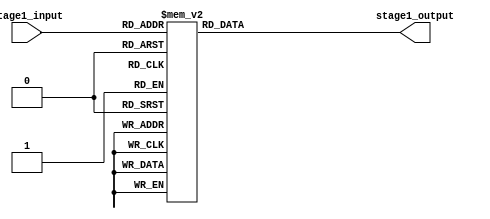
//////////////////////////////////////////////////////////////////////
////                                                              ////
////  SBOX 1                                                      ////
////                                                              ////
////  This file is part of the SystemC DES                        ////
////                                                              ////
////  Description:                                                ////
////  Sbox of DES algorithm                                       ////
////                                                              ////
////  Generated automatically using SystemC to Verilog translator ////
////                                                              ////
////  To Do:                                                      ////
////   - done                                                     ////
////                                                              ////
////  Author(s):                                                  ////
////      - Javier Castillo, jcastilo@opencores.org               ////
////                                                              ////
//////////////////////////////////////////////////////////////////////
////                                                              ////
//// Copyright (C) 2000 Authors and OPENCORES.ORG                 ////
////                                                              ////
//// This source file may be used and distributed without         ////
//// restriction provided that this copyright statement is not    ////
//// removed from the file and that any derivative work contains  ////
//// the original copyright notice and the associated disclaimer. ////
////                                                              ////
//// This source file is free software; you can redistribute it   ////
//// and/or modify it under the terms of the GNU Lesser General   ////
//// Public License as published by the Free Software Foundation; ////
//// either version 2.1 of the License, or (at your option) any   ////
//// later version.                                               ////
////                                                              ////
//// This source is distributed in the hope that it will be       ////
//// useful, but WITHOUT ANY WARRANTY; without even the implied   ////
//// warranty of MERCHANTABILITY or FITNESS FOR A PARTICULAR      ////
//// PURPOSE.  See the GNU Lesser General Public License for more ////
//// details.                                                     ////
////                                                              ////
//// You should have received a copy of the GNU Lesser General    ////
//// Public License along with this source; if not, download it   ////
//// from http://www.opencores.org/lgpl.shtml                     ////
////                                                              ////
//////////////////////////////////////////////////////////////////////
//
// CVS Revision History
//
// $Log: s1.v,v $
// Revision 1.1.1.1  2004/07/05 17:31:17  jcastillo
// First import
//


module s1(stage1_input,stage1_output);
input [5:0] stage1_input;
output [3:0] stage1_output;

reg [3:0] stage1_output;



always @(  stage1_input)

begin

	
   case(stage1_input)
	    0: stage1_output = (14); 
        1: stage1_output = (0); 
        2: stage1_output = (4); 
        3: stage1_output = (15); 
        4: stage1_output = (13); 
        5: stage1_output = (7); 
        6: stage1_output = (1); 
        7: stage1_output = (4); 
        8: stage1_output = (2); 
        9: stage1_output = (14); 
        10: stage1_output = (15); 
        11: stage1_output = (2); 
        12: stage1_output = (11); 
        13: stage1_output = (13); 
        14: stage1_output = (8); 
        15: stage1_output = (1); 
        16: stage1_output = (3); 
        17: stage1_output = (10); 
        18: stage1_output = (10); 
        19: stage1_output = (6); 
        20: stage1_output = (6); 
        21: stage1_output = (12); 
        22: stage1_output = (12); 
        23: stage1_output = (11); 
        24: stage1_output = (5); 
        25: stage1_output = (9); 
        26: stage1_output = (9); 
        27: stage1_output = (5); 
        28: stage1_output = (0); 
        29: stage1_output = (3); 
        30: stage1_output = (7); 
        31: stage1_output = (8); 
        32: stage1_output = (4); 
        33: stage1_output = (15); 
        34: stage1_output = (1); 
        35: stage1_output = (12); 
        36: stage1_output = (14); 
        37: stage1_output = (8); 
        38: stage1_output = (8); 
        39: stage1_output = (2); 
        40: stage1_output = (13); 
        41: stage1_output = (4); 
        42: stage1_output = (6); 
        43: stage1_output = (9); 
        44: stage1_output = (2); 
        45: stage1_output = (1); 
        46: stage1_output = (11); 
        47: stage1_output = (7); 
        48: stage1_output = (15); 
        49: stage1_output = (5); 
        50: stage1_output = (12); 
        51: stage1_output = (11); 
        52: stage1_output = (9); 
        53: stage1_output = (3); 
        54: stage1_output = (7); 
        55: stage1_output = (14); 
        56: stage1_output = (3); 
        57: stage1_output = (10); 
        58: stage1_output = (10); 
        59: stage1_output = (0); 
        60: stage1_output = (5); 
        61: stage1_output = (6); 
        62: stage1_output = (0); 
        63: stage1_output = (13); 
    
endcase


end

endmodule